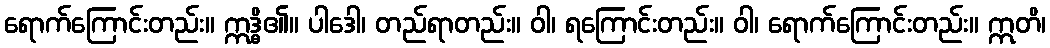
ရောက်ကြောင်းတည်း။ ဣဒ္ဓိ၏။ ပါဒေါ၊ တည်ရာတည်း။ ဝါ၊ ရကြောင်းတည်း။ ဝါ၊ ရောက်ကြောင်းတည်း။ ဣတိ၊